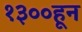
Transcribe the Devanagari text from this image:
१३००हून